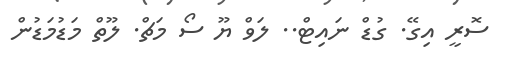
ސޮރީ އިގޭ. ގުޑް ނައިޓް.. ލަވް ޔޫ ސޯ މަޗް. ލޫތް މަޑުމަޑުން